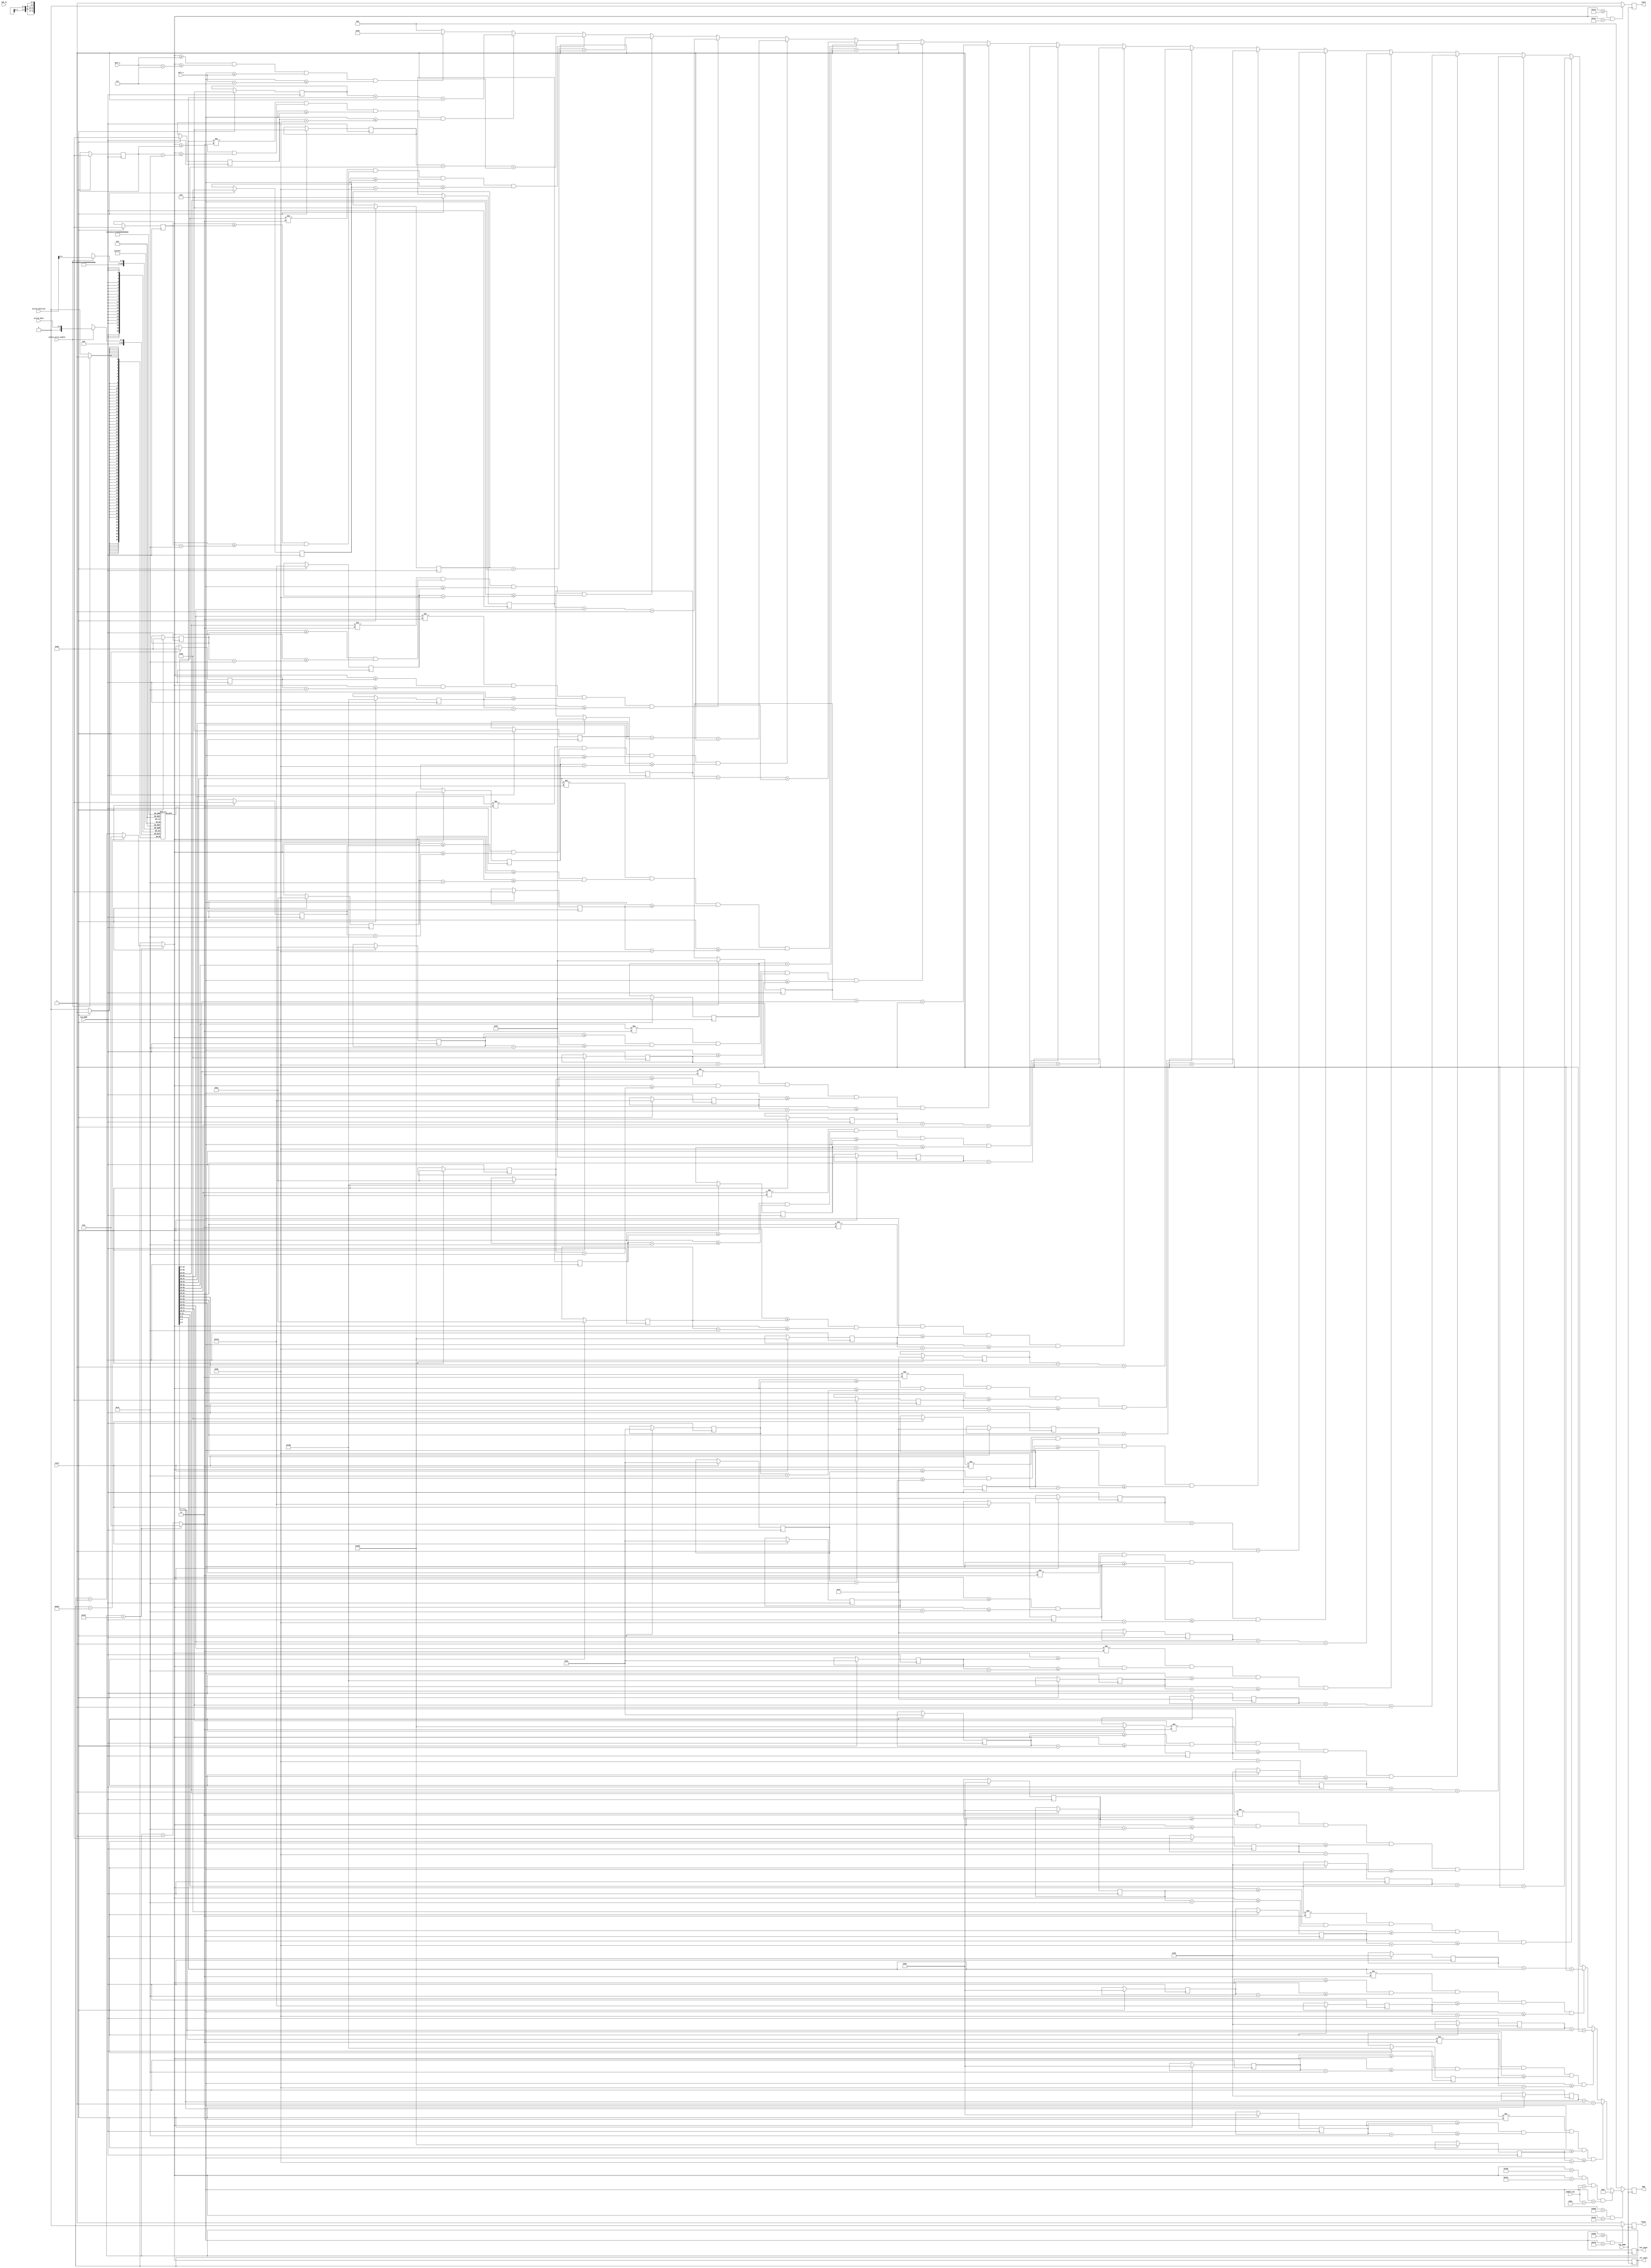
`timescale 1ns / 1ps
module VGA(
   input CLK_25MH,
	input CLK_50MH,
   output reg [5:0] RGB,
   output reg hsync,
   output reg vsync,
	output [9:0] hor_count,
	output [9:0] ver_count,
	input [2:0] rgb_in,
	input [9:0] paddle_pos,
	input [9:0] ball_x,
	input [9:0] ball_y,
	input reset,
	input active_write_enable,
	input [5:0] active_position,
	input [1:0] active_data
);
	parameter
		BALL_SIZE = 7,
		BLOCK_SPACING_X = 10'd40,
		BLOCK_WIDTH = 10'd80,
		BLOCK_HEIGHT = 10'd30,
		FIRST_ROW_Y = 10'd40,
		SECOND_ROW_Y = 10'd90,		
		THIRD_ROW_Y = 10'd140,
		FOURTH_ROW_Y = 10'd190,
		FIFTH_ROW_Y = 10'd240;
		
	reg [9:0] hcount;
	reg [9:0] vcount;
    
	assign hor_count = hcount;
	assign ver_count = vcount;
	 
	reg [9:0] data_x [19:0];
	reg [9:0] data_y [19:0];
	reg [2:0] active [19:0];
	reg [4:0] i;
	
	reg [5:0] block_colors [24:0];
	
	always @ (posedge CLK_50MH) begin
		if(active_write_enable)
			active[active_position] = active_data;
			
		if (reset) begin
		  	//initialize rows and columns of block
			for (i = 0; i < 20; i = i + 1) begin
				if(i < 5) begin
					data_x[i] = BLOCK_SPACING_X + (BLOCK_SPACING_X + BLOCK_WIDTH) * i;
					data_y[i] = FIRST_ROW_Y;
					block_colors[i] = 6'b001001;
					active[i] = 0;
				end
				else if (i < 10) begin
					data_x[i] = BLOCK_SPACING_X + ((BLOCK_SPACING_X + BLOCK_WIDTH) * (i-5));
					data_y[i] = SECOND_ROW_Y;					
					block_colors[i] = 6'b110101;
					active[i] = 0;
				end
				else if (i < 15) begin
					data_x[i] = BLOCK_SPACING_X + ((BLOCK_SPACING_X + BLOCK_WIDTH) * (i-10));
					data_y[i] = THIRD_ROW_Y;					
					block_colors[i] = 6'b011111;
					active[i] = 0;
				end
				else if (i < 20) begin
					data_x[i] = BLOCK_SPACING_X + ((BLOCK_SPACING_X + BLOCK_WIDTH) * (i-15));
					data_y[i] = FOURTH_ROW_Y;					
					block_colors[i] = 6'b100101;
					active[i] = 0;
				end
				else if (i < 25) begin
					data_x[i] = BLOCK_SPACING_X + ((BLOCK_SPACING_X + BLOCK_WIDTH) * (i-20));
					data_y[i] = FIFTH_ROW_Y;					
					block_colors[i] = 6'b000010;
					active[i] = 0;
				end
				
			end
		end
	end

    always @ ( posedge CLK_25MH)
    begin 
      if (hcount == 799) begin
            hcount = 0;
            if (vcount == 524) begin
                vcount = 0;
				end
            else begin
                vcount = vcount + 1;
            end
			end
        else begin
            hcount = hcount + 1;
        end

        if (vcount >= 490 && vcount < 492) begin
            vsync = 0;
        end
        else begin
            vsync = 1;
        end

        if (hcount >= 656 && hcount < 752) begin
            hsync = 0;
        end
        else begin
            hsync = 1;
        end

        if (hcount < 640 && vcount < 480) begin
            RGB = 6'b000;//'

        		if(vcount >= ball_y && vcount <= (ball_y + BALL_SIZE)//ball
        			&& hcount >= ball_x && hcount <= (ball_x + BALL_SIZE) )
        			RGB = 6'b111000;//'

				if(vcount > 440 && vcount < 450 && 
					hcount > paddle_pos && hcount < paddle_pos + 100)begin//paddle
					RGB = 6'b100001;//'
				end
				else begin
				for (i = 0; i < 20; i = i + 1) begin
					//first row of blocks (upper)
					//if(i < 5)begin
						if(active[i] != 2'b11 && (vcount >= data_y[i] && vcount <= (data_y[i] + BLOCK_HEIGHT)) 
							&& hcount >= data_x[i] && hcount <= (data_x[i] + BLOCK_WIDTH))
						begin
							RGB = block_colors[i] + active[i] + 6'b000001;
						end
					/*
					end
					else begin
						//second row of blocks
						if(active[i] != 2'b11 && (vcount >= data_y[i] && vcount <= (data_y[i] + BLOCK_HEIGHT)) 
							&& hcount >= data_x[i] && hcount <= (data_x[i] + BLOCK_WIDTH))
						begin
							RGB = block_colors[i] + active[i] + 6'b000001;
						end
					end
					*/
				end
				end
        end
        else begin
            RGB = 6'b000;
        end
    end

endmodule